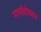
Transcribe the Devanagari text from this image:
मार्गांसोबतच